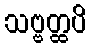
သဗ္ဗတ္ထပိ